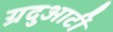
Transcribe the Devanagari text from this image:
ग्रदुआटीं